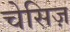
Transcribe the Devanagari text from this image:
चेसिज़